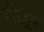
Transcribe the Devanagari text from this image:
रौड्रिक